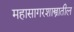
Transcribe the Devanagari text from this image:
महासागरशास्त्रातील